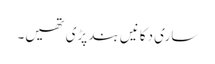
ساری دکانیں بند پڑی تھیں۔